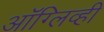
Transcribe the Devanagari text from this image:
ऑग्लिव्ही